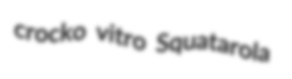
crocko vitro Squatarola